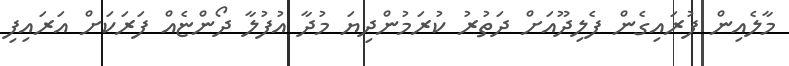
މާލެއިން ފުރައިގެން ފެލިދޫއަށް ދަތުރު ކުރަމުންދިޔަ މުދާ އުފުލާ ދޯންޏެއް ފަރަކަށް އަރައިފި